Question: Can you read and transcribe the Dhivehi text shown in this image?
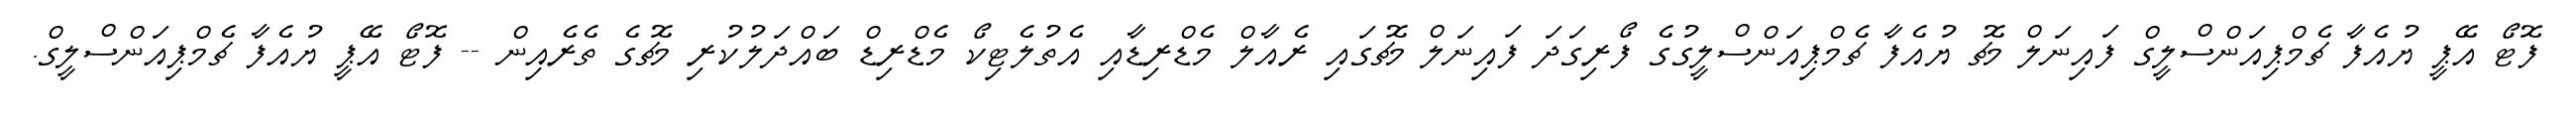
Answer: ފޮޓޯ އޭޕީ ޔުއެފާ ޗެމްޕިއަންސްލީގް ފައިނަލް މެޗު ޔުއެފާ ޗެމްޕިއަންސްލީގުގެ ފޯރިގަދަ ފައިނަލް މެޗުގައި ރެއާލް މެޑްރިޑާއި އެތުލެޓިކޯ މެޑްރިޑް ބައްދަލުކުރި މެޗުގެ ތެރެއިން -- ފޮޓޯ އޭޕީ ޔުއެފާ ޗެމްޕިއަންސްލީގް.